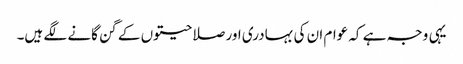
یہی وجہ ہے کہ عوام ان کی بہادری اور صلاحیتوں کے گن گانے لگے ہیں۔